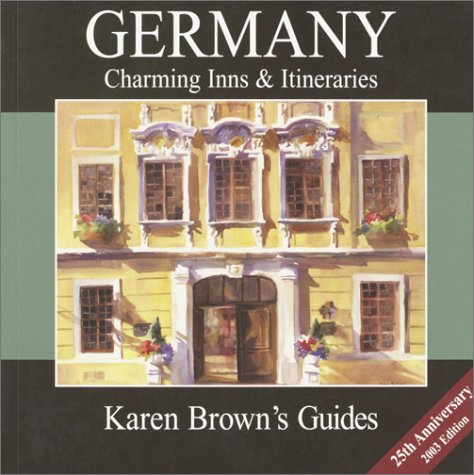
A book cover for Karen Brown's Germany: Charming Inns & Itineraries 2003 (Karen Brown's Germany: Exceptional Places to Stay & Itineraries); Clare Brown; Travel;